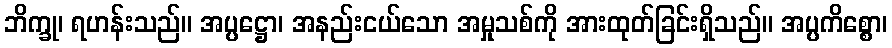
ဘိက္ခု၊ ရဟန်းသည်။ အပ္ပဋ္ဌော၊ အနည်းငယ်သော အမှုသစ်ကို အားထုတ်ခြင်းရှိသည်။ အပ္ပကိစ္စော၊